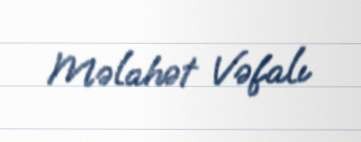
Məlahət Vəfalı